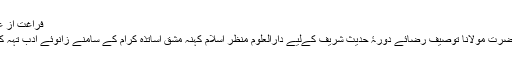
فراغت از علم
حضرت مولانا توصیف رضائے دورۂ حدیث شریف کےلیے دارالعلوم منظر اسلام کہنہ مشق اساتذہ کرام کے سامنے زانوئے ادب تہہ کیا۔